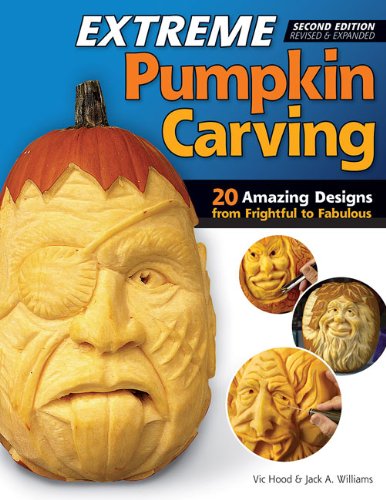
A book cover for Extreme Pumpkin Carving, Second Edition Revised and Expanded: 20 Amazing Designs from Frightful to Fabulous; Vic Hood; Crafts, Hobbies & Home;